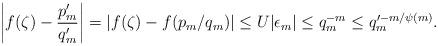
LaTeX: \begin{align*} \left\vert f(\zeta)-\frac{p_{m}^{\prime}}{q_{m}^{\prime}}\right\vert=\vert f(\zeta)-f(p_{m}/q_{m})\vert\leq U\vert\epsilon_{m}\vert\leq q_{m}^{-m}\leq q_{m}^{\prime -m/\psi(m)}.\end{align*}